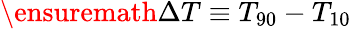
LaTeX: \ensuremath{\Delta T}\equiv T_{90}-T_{10}